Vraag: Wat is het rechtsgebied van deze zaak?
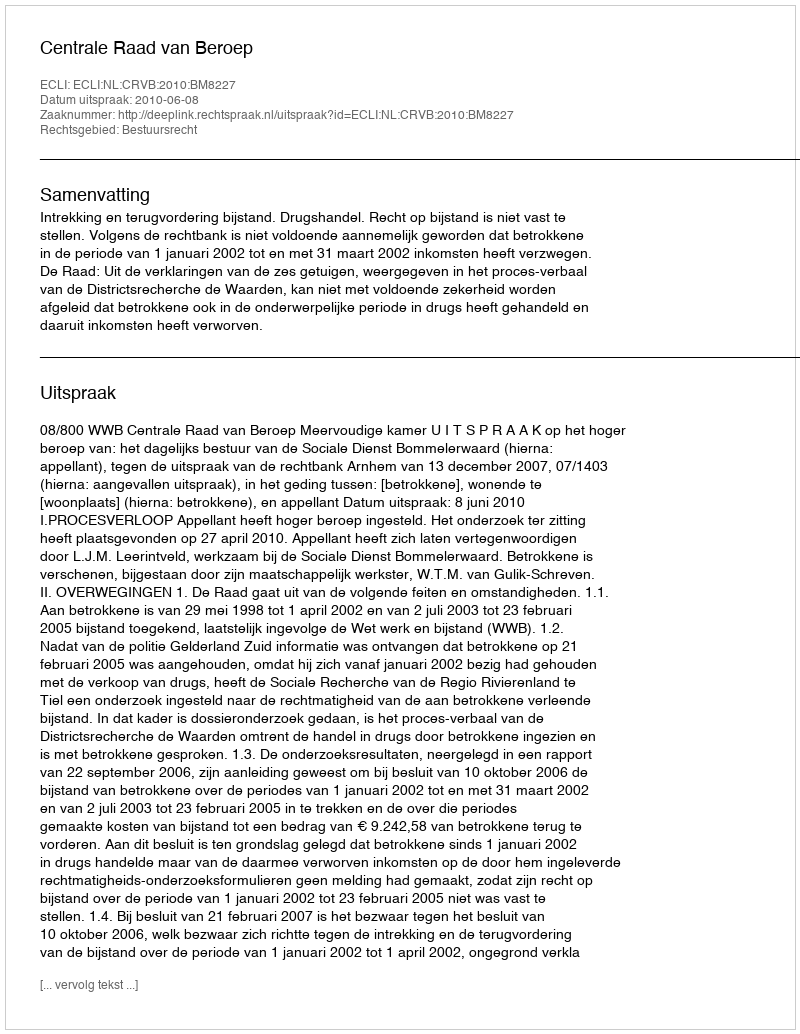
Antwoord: Bestuursrecht